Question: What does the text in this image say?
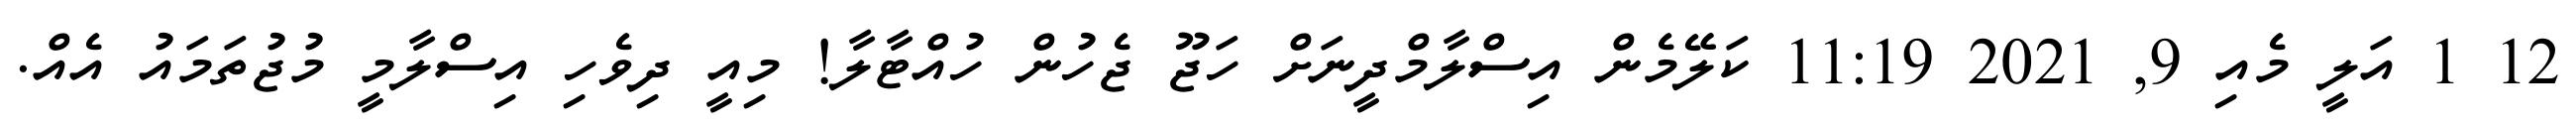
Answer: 12 1 އަލީ މެއި 9, 2021 11:19 ކަލޭމެން އިސްލާމްދީނަށް ހަޖޫ ޖެހުން ހުއްޓާލާ! މިއީ ދިވެހި އިސްލާމީ މުޖުތަމައު އެއް.